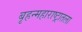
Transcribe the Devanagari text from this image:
बृहन्महाराष्ट्रातला